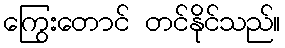
ကြွေးတောင် တင်နိုင်သည်။